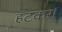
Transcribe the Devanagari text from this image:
हटकर।